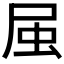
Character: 𭕛